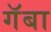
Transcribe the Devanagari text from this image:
गॅबा